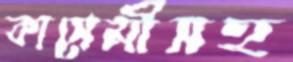
কাসেমীসহ